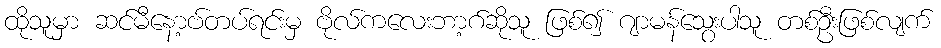
ထိုသူမှာ ဆင်မီနော့ဗ်တပ်ရင်းမှ ဗိုလ်ကလေးဘာ့ဂ်ဆိုသူ ဖြစ်၍ ဂျာမန်သွေးပါသူ တစ်ဦးဖြစ်လျက်